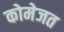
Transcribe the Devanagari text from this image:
कोमेजत